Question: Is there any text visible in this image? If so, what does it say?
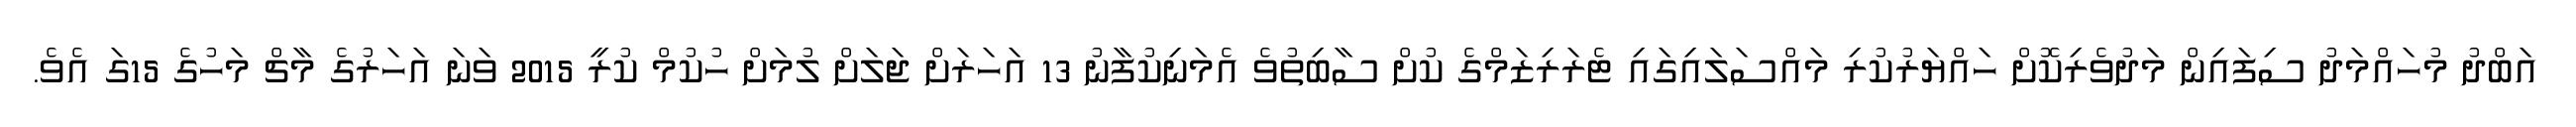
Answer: އަބްދު މުހައްމަދު ސިފައިން މަދުވެރިކޮށް ހައްޔަރުކުރި މައްސަލައިގައި ޓެރަރިޒަމްގެ ކުށް ސާބިތުވެ އެމަނިކުފާނު 13 އަހަރަށް ޖަލަށް ލުމަށް ހުކުމް ކުރީ 2015 ވަނަ އަހަރުގެ މާޗް މަހުގެ 15ގަ އެވެ.